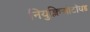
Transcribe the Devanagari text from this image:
नियुक्लिओटॉयड